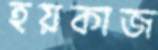
হয়কাজ